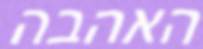
האהבה